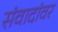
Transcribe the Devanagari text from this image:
संवादांवर